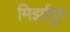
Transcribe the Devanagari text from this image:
मिर्झापुर